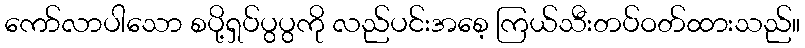
ကော်လာပါသော စပို့ရှပ်ပွပွကို လည်ပင်းအစေ့ ကြယ်သီးတပ်ဝတ်ထားသည်။